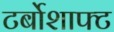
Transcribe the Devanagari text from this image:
टर्बोशाफ्ट